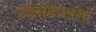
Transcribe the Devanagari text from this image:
टेलिविज़नशो